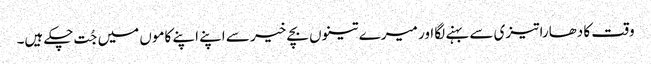
وقت کا دھارا تیزی سے بہنے لگا اور میرے تینوں بچے خیر سے اپنے اپنے کاموں میں جُت چکے ہیں۔